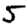
Digit: 5